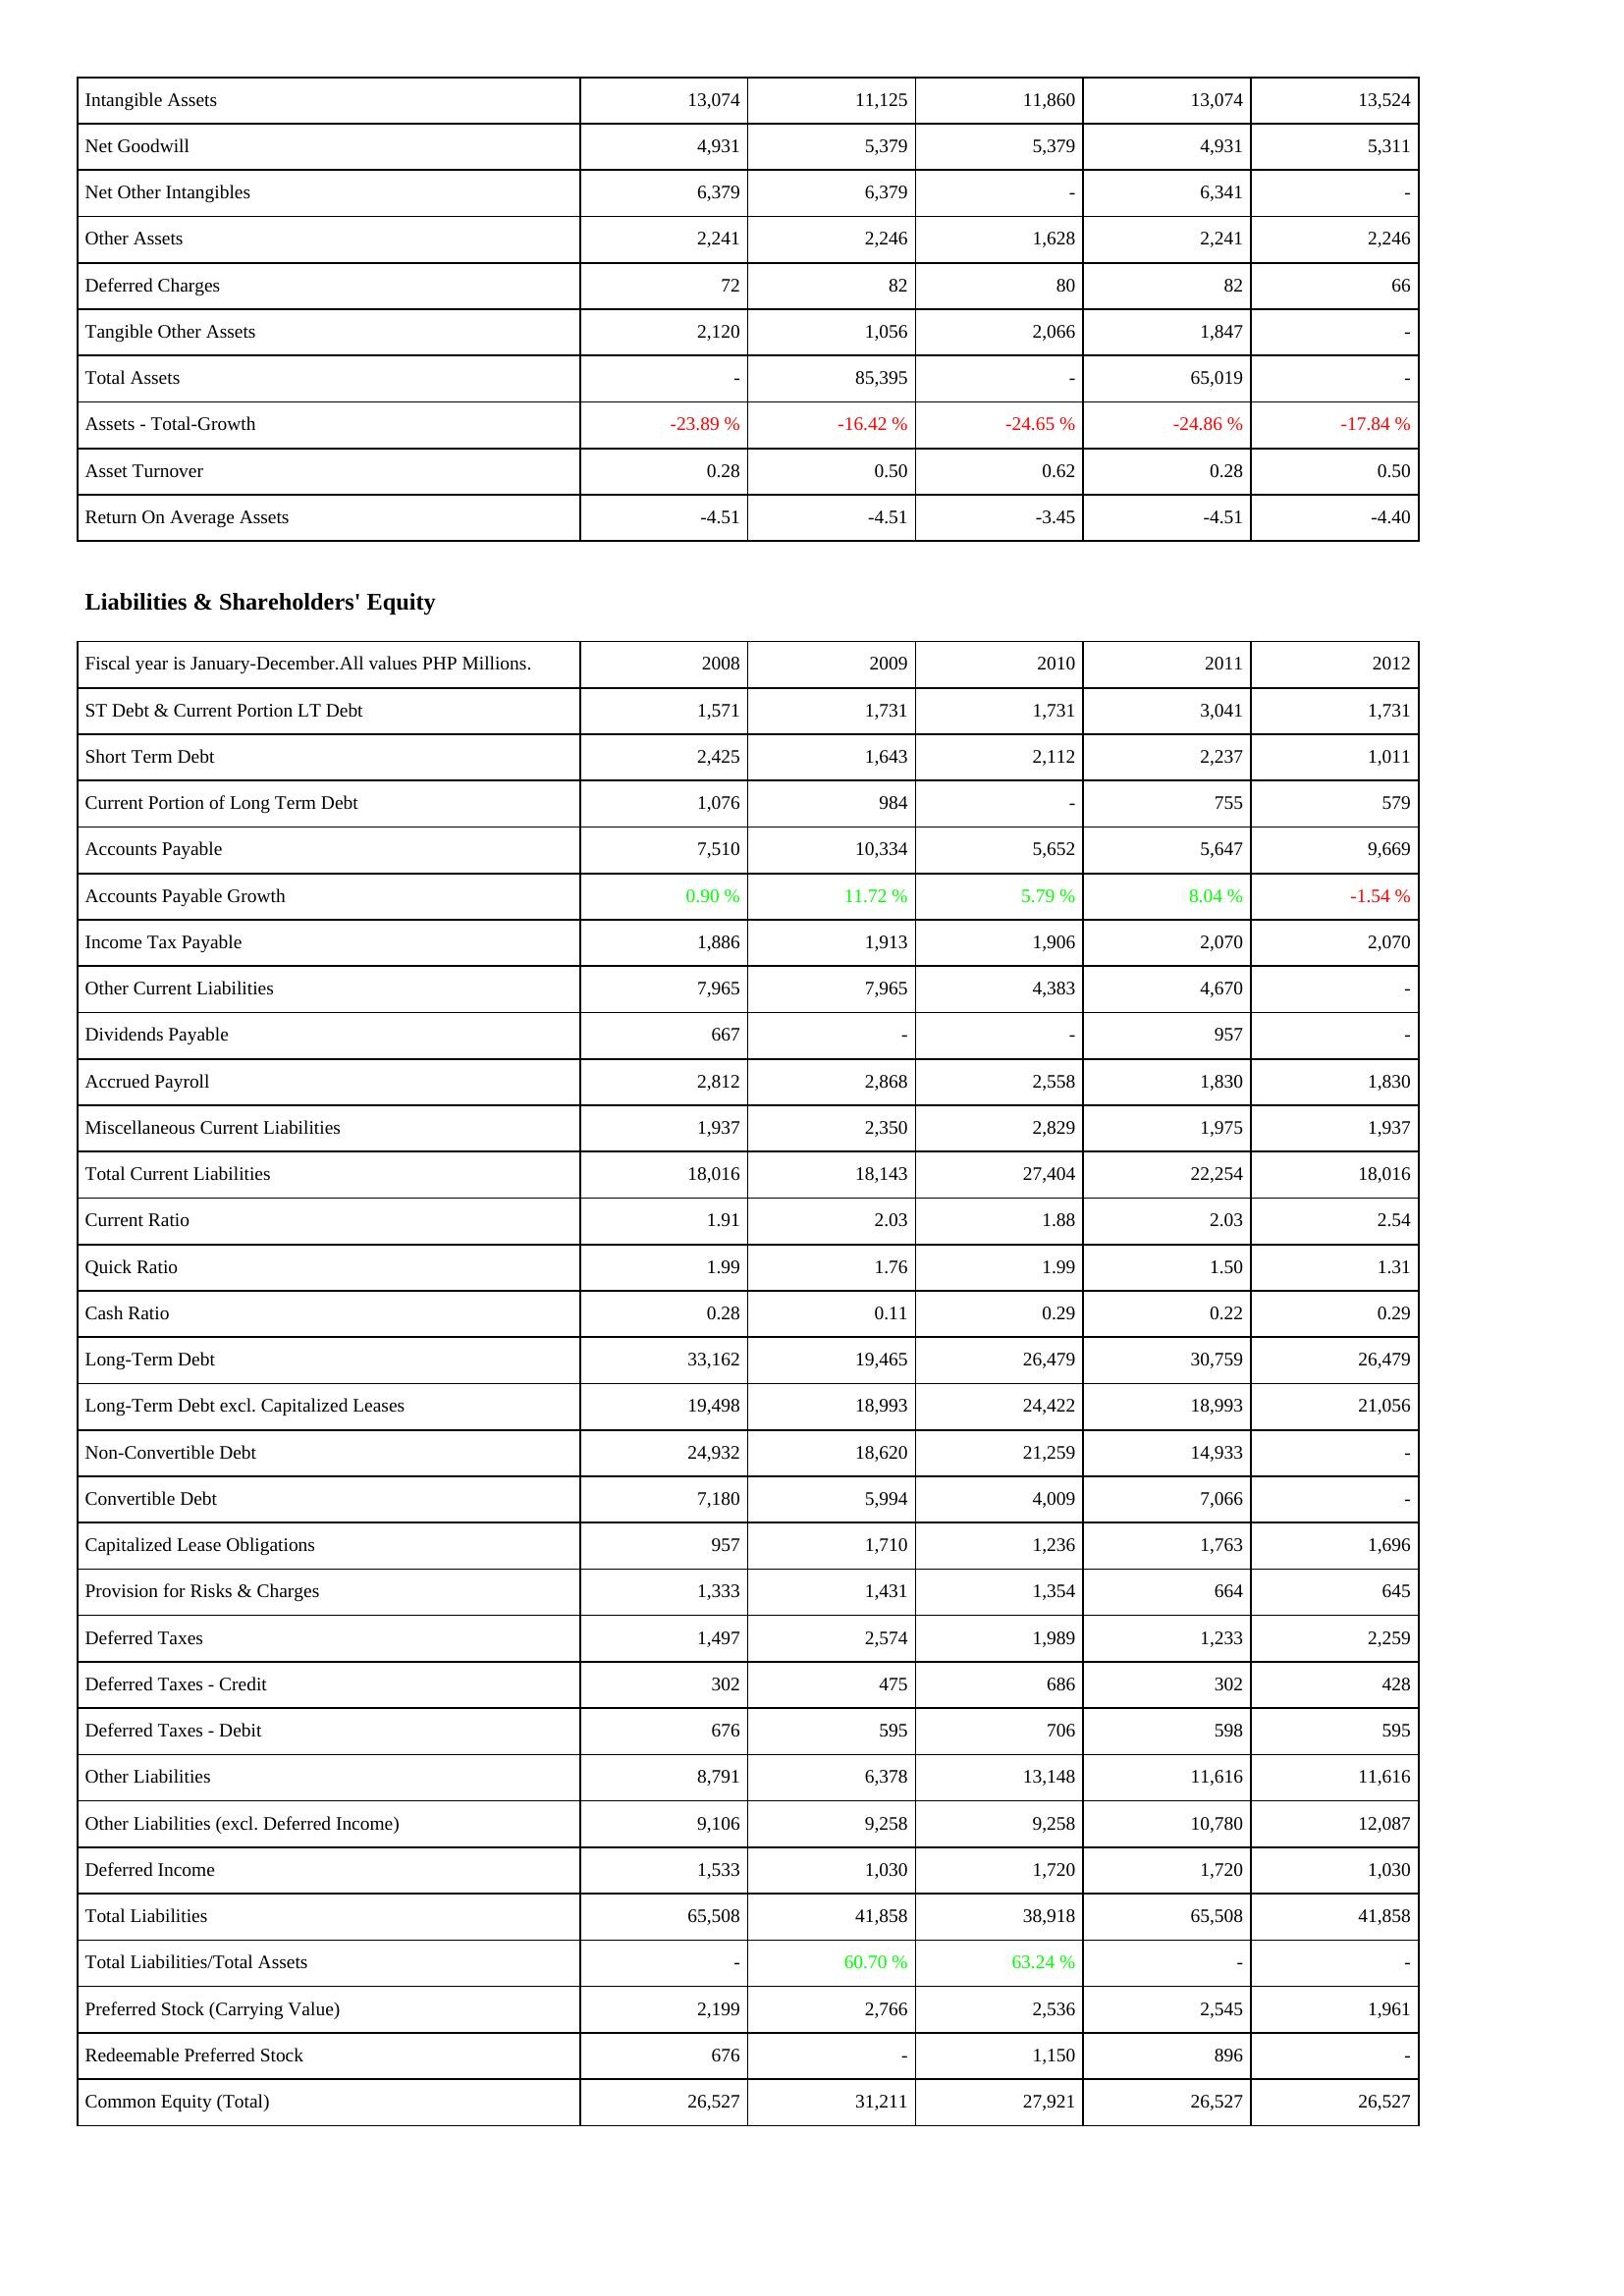
2008: Assets: Intangible Assets: 13,074
Net Goodwill: 4,931
Net Other Intangibles: 6,379
Other Assets: 2,241
Deferred Charges: 72
Tangible Other Assets: 2,120
Total Assets: -
Assets - Total-Growth: -23.89 %
Asset Turnover: 0.28
Return On Average Assets: -4.51
Liabilities & Shareholders' Equity: ST Debt & Current Portion LT Debt: 1,571
Short Term Debt: 2,425
Current Portion of Long Term Debt: 1,076
Accounts Payable: 7,510
Accounts Payable Growth: 0.90 %
Income Tax Payable: 1,886
Other Current Liabilities: 7,965
Dividends Payable: 667
Accrued Payroll: 2,812
Miscellaneous Current Liabilities: 1,937
Total Current Liabilities: 18,016
Current Ratio: 1.91
Quick Ratio: 1.99
Cash Ratio: 0.28
Long-Term Debt: 33,162
Long-Term Debt excl. Capitalized Leases: 19,498
Non-Convertible Debt: 24,932
Convertible Debt: 7,180
Capitalized Lease Obligations: 957
Provision for Risks & Charges: 1,333
Deferred Taxes: 1,497
Deferred Taxes - Credit: 302
Deferred Taxes - Debit: 676
Other Liabilities: 8,791
Other Liabilities (excl. Deferred Income): 9,106
Deferred Income: 1,533
Total Liabilities: 65,508
Total Liabilities/Total Assets: -
Preferred Stock (Carrying Value): 2,199
Redeemable Preferred Stock: 676
Common Equity (Total): 26,527
2009: Assets: Intangible Assets: 11,125
Net Goodwill: 5,379
Net Other Intangibles: 6,379
Other Assets: 2,246
Deferred Charges: 82
Tangible Other Assets: 1,056
Total Assets: 85,395
Assets - Total-Growth: -16.42 %
Asset Turnover: 0.50
Return On Average Assets: -4.51
Liabilities & Shareholders' Equity: ST Debt & Current Portion LT Debt: 1,731
Short Term Debt: 1,643
Current Portion of Long Term Debt: 984
Accounts Payable: 10,334
Accounts Payable Growth: 11.72 %
Income Tax Payable: 1,913
Other Current Liabilities: 7,965
Dividends Payable: -
Accrued Payroll: 2,868
Miscellaneous Current Liabilities: 2,350
Total Current Liabilities: 18,143
Current Ratio: 2.03
Quick Ratio: 1.76
Cash Ratio: 0.11
Long-Term Debt: 19,465
Long-Term Debt excl. Capitalized Leases: 18,993
Non-Convertible Debt: 18,620
Convertible Debt: 5,994
Capitalized Lease Obligations: 1,710
Provision for Risks & Charges: 1,431
Deferred Taxes: 2,574
Deferred Taxes - Credit: 475
Deferred Taxes - Debit: 595
Other Liabilities: 6,378
Other Liabilities (excl. Deferred Income): 9,258
Deferred Income: 1,030
Total Liabilities: 41,858
Total Liabilities/Total Assets: 60.70 %
Preferred Stock (Carrying Value): 2,766
Redeemable Preferred Stock: -
Common Equity (Total): 31,211
2010: Assets: Intangible Assets: 11,860
Net Goodwill: 5,379
Net Other Intangibles: -
Other Assets: 1,628
Deferred Charges: 80
Tangible Other Assets: 2,066
Total Assets: -
Assets - Total-Growth: -24.65 %
Asset Turnover: 0.62
Return On Average Assets: -3.45
Liabilities & Shareholders' Equity: ST Debt & Current Portion LT Debt: 1,731
Short Term Debt: 2,112
Current Portion of Long Term Debt: -
Accounts Payable: 5,652
Accounts Payable Growth: 5.79 %
Income Tax Payable: 1,906
Other Current Liabilities: 4,383
Dividends Payable: -
Accrued Payroll: 2,558
Miscellaneous Current Liabilities: 2,829
Total Current Liabilities: 27,404
Current Ratio: 1.88
Quick Ratio: 1.99
Cash Ratio: 0.29
Long-Term Debt: 26,479
Long-Term Debt excl. Capitalized Leases: 24,422
Non-Convertible Debt: 21,259
Convertible Debt: 4,009
Capitalized Lease Obligations: 1,236
Provision for Risks & Charges: 1,354
Deferred Taxes: 1,989
Deferred Taxes - Credit: 686
Deferred Taxes - Debit: 706
Other Liabilities: 13,148
Other Liabilities (excl. Deferred Income): 9,258
Deferred Income: 1,720
Total Liabilities: 38,918
Total Liabilities/Total Assets: 63.24 %
Preferred Stock (Carrying Value): 2,536
Redeemable Preferred Stock: 1,150
Common Equity (Total): 27,921
2011: Assets: Intangible Assets: 13,074
Net Goodwill: 4,931
Net Other Intangibles: 6,341
Other Assets: 2,241
Deferred Charges: 82
Tangible Other Assets: 1,847
Total Assets: 65,019
Assets - Total-Growth: -24.86 %
Asset Turnover: 0.28
Return On Average Assets: -4.51
Liabilities & Shareholders' Equity: ST Debt & Current Portion LT Debt: 3,041
Short Term Debt: 2,237
Current Portion of Long Term Debt: 755
Accounts Payable: 5,647
Accounts Payable Growth: 8.04 %
Income Tax Payable: 2,070
Other Current Liabilities: 4,670
Dividends Payable: 957
Accrued Payroll: 1,830
Miscellaneous Current Liabilities: 1,975
Total Current Liabilities: 22,254
Current Ratio: 2.03
Quick Ratio: 1.50
Cash Ratio: 0.22
Long-Term Debt: 30,759
Long-Term Debt excl. Capitalized Leases: 18,993
Non-Convertible Debt: 14,933
Convertible Debt: 7,066
Capitalized Lease Obligations: 1,763
Provision for Risks & Charges: 664
Deferred Taxes: 1,233
Deferred Taxes - Credit: 302
Deferred Taxes - Debit: 598
Other Liabilities: 11,616
Other Liabilities (excl. Deferred Income): 10,780
Deferred Income: 1,720
Total Liabilities: 65,508
Total Liabilities/Total Assets: -
Preferred Stock (Carrying Value): 2,545
Redeemable Preferred Stock: 896
Common Equity (Total): 26,527
2012: Assets: Intangible Assets: 13,524
Net Goodwill: 5,311
Net Other Intangibles: -
Other Assets: 2,246
Deferred Charges: 66
Tangible Other Assets: -
Total Assets: -
Assets - Total-Growth: -17.84 %
Asset Turnover: 0.50
Return On Average Assets: -4.40
Liabilities & Shareholders' Equity: ST Debt & Current Portion LT Debt: 1,731
Short Term Debt: 1,011
Current Portion of Long Term Debt: 579
Accounts Payable: 9,669
Accounts Payable Growth: -1.54 %
Income Tax Payable: 2,070
Other Current Liabilities: -
Dividends Payable: -
Accrued Payroll: 1,830
Miscellaneous Current Liabilities: 1,937
Total Current Liabilities: 18,016
Current Ratio: 2.54
Quick Ratio: 1.31
Cash Ratio: 0.29
Long-Term Debt: 26,479
Long-Term Debt excl. Capitalized Leases: 21,056
Non-Convertible Debt: -
Convertible Debt: -
Capitalized Lease Obligations: 1,696
Provision for Risks & Charges: 645
Deferred Taxes: 2,259
Deferred Taxes - Credit: 428
Deferred Taxes - Debit: 595
Other Liabilities: 11,616
Other Liabilities (excl. Deferred Income): 12,087
Deferred Income: 1,030
Total Liabilities: 41,858
Total Liabilities/Total Assets: -
Preferred Stock (Carrying Value): 1,961
Redeemable Preferred Stock: -
Common Equity (Total): 26,527